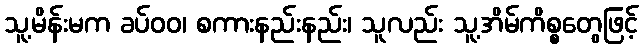
သူ့မိန်းမက ခပ်ဝဝ၊ စကားနည်းနည်း၊ သူလည်း သူ့အိမ်ကိစ္စတွေဖြင့်